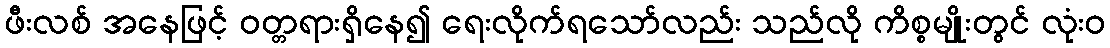
ဖီးလစ် အနေဖြင့် ဝတ္တရားရှိနေ၍ ရေးလိုက်ရသော်လည်း သည်လို ကိစ္စမျိုးတွင် လုံးဝ